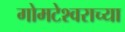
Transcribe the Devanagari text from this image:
गोमटेश्‍वराच्या